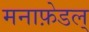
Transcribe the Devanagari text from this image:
मनाफ़ेडल्